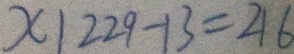
x \vert 2 2 9 - 1 3 = 2 1 6